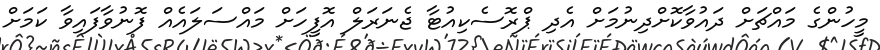
މީހުންގެ މައްޗަށް ދައުވާކޮށްދިނުމަށް އެދި ޕްރޮސެކިއުޓާ ޖެނަރަލް އޮފީހަށް މައްސަލައެއް ފޮނުވާފައިވާ ކަމަށް